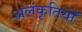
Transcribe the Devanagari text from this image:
अलंकृतियाँ